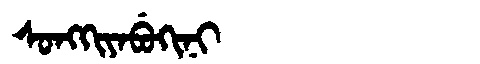
Manchu: ᠰᠣᠩᡴᡳᠶᠠᠪᡠᡴᡳᠨᡳ
Romanization: SONGKIYABUKINI